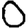
Digit: 0